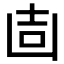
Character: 𠚌